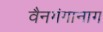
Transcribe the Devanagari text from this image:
वैनगंगानाग